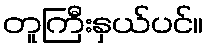
တူကြီးနှယ်ပင်။